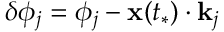
\delta \phi _ { j } = \phi _ { j } - \mathbf { x } ( t _ { * } ) \cdot \mathbf { k } _ { j }